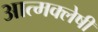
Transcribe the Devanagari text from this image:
आत्मक्लेषी